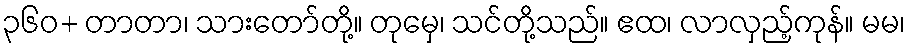
၃၆၀+ တာတာ၊ သားတော်တို့။ တုမှေ၊ သင်တို့သည်။ ဧထ၊ လာလှည့်ကုန်။ မမ၊